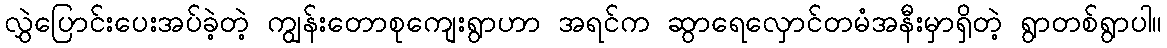
လွှဲပြောင်းပေးအပ်ခဲ့တဲ့ ကျွန်းတောစုကျေးရွာဟာ အရင်က ဆွာရေလှောင်တမံအနီးမှာရှိတဲ့ ရွာတစ်ရွာပါ။